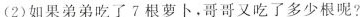
(2)如果弟弟吃了7根萝卜，哥哥又吃了多少根呢?